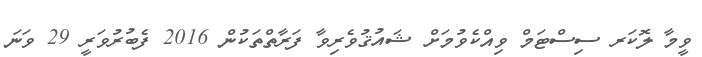
ވީމާ ލޮކަރ ސިސްޓަމް ވިއްކެވުމަށް ޝައުޤުވެރިވާ ފަރާތްތަކުން 2016 ފެބުރުވަރީ 29 ވަނަ